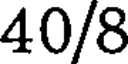
40/8